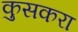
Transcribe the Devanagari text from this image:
कुसकरा